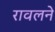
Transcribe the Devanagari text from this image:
रावलने